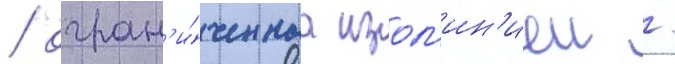
/ огран'и́ченнаа изол'ин'иеи /